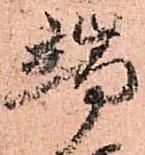
端